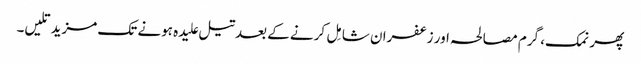
پھر نمک، گرم مصالحہ اور زعفران شامِل کرنے کے بعدتیل علیدہ ہونے تک مزید تلیں۔